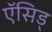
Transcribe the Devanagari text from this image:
ऍसिड्